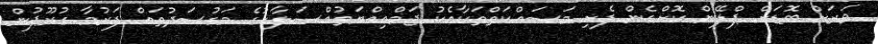
ވަރަށް ބޮޑަށް ޕްލޭން ކޮށްގެން ފެށި މަސައްކަތްތަކާއެކު ޖަމްޢިއްޔަތުއްޞަލާހުގެ މަގުސަދުތައް ފަރުމާ ގުރޫޕުން